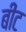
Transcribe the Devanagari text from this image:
बींट